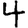
Digit: 4